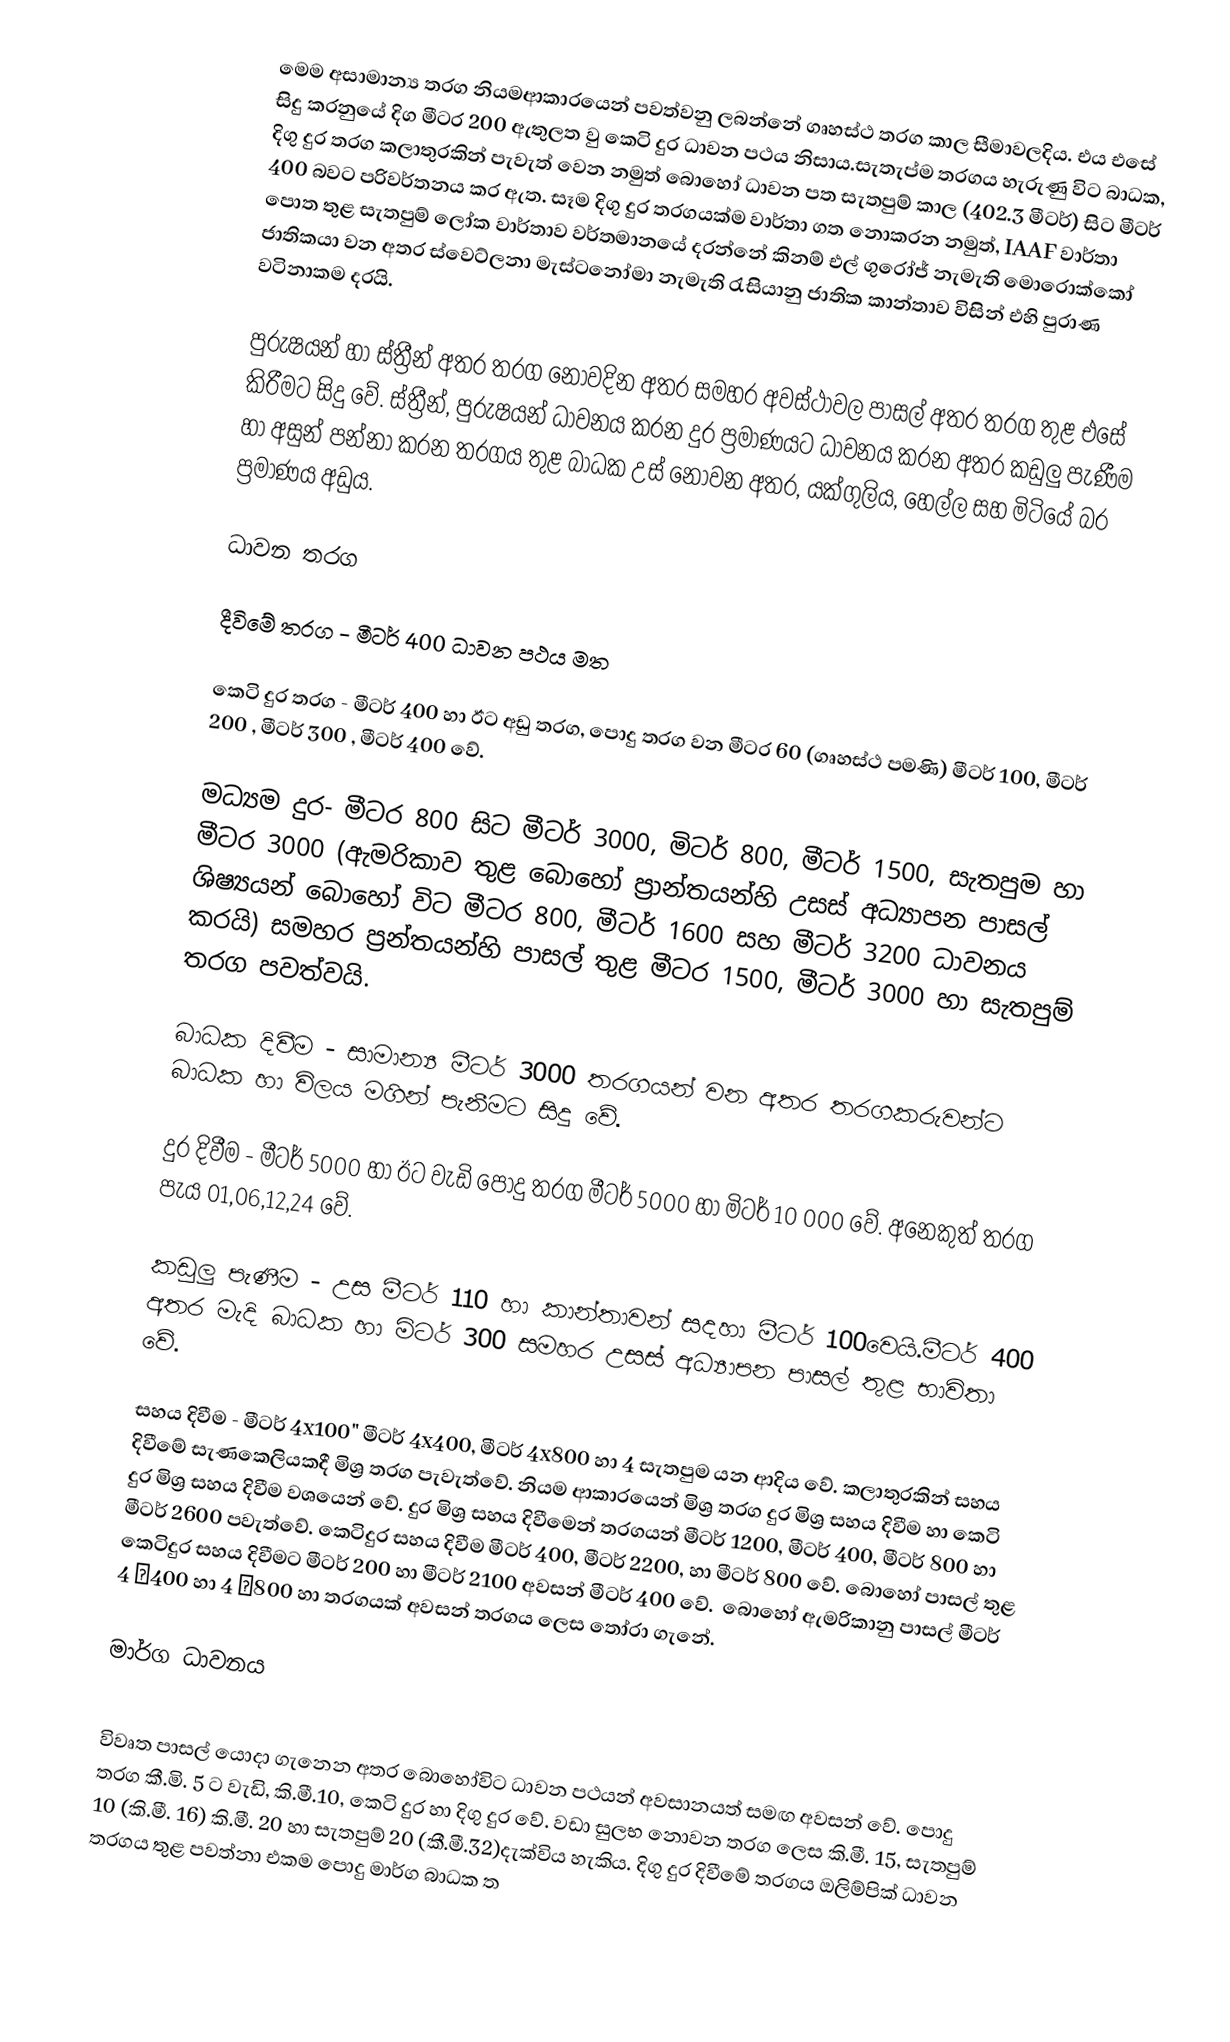
මෙම අසාමාන්‍ය තරග නියමආකාරයෙන් පවත්වනු ලබන්නේ ගෘහස්ථ තරග කාල සීමාවලදිය. එය එසේ සිදු කරනුයේ දිග මීටර 200 ඇතුලත වු කෙටි දුර ධාවන පථය නිසාය.සැතැප්ම තරගය හැරුණු විට බාධක, දිගු දුර තරග කලාතුරකින් පැවැත් වෙන නමුත් බොහෝ ධාවන පත සැතපුම් කාල (402.3 මීටර්) සිට මීටර් 400 බවට පරිවර්තනය කර ඇත. සෑම දිගු දුර තරගයක්ම වාර්තා ගත නොකරන නමුත්, IAAF වාර්තා පොත තුළ සැතපුම්‍ ලෝක වාර්තාව වර්තමානයේ දරන්නේ කිනම් එල් ගුරෝජ් නැමැති මොරොක්කෝ ජාතිකයා වන අතර ස්වෙට්ලනා මැස්ටනෝමා නැමැති රැසියානු ජාතික කාන්තාව විසින් එහි පුරාණ වටිනාකම දරයි.

පුරුෂයන් හා ස්ත්‍රීන් අතර තරග නොවදින අතර සමහර අවස්ථාවල පාසල් අතර තරග තුළ එසේ කිරීමට සිදු වේ. ස්ත්‍රීන්, පුරුෂයන් ධාවනය කරන දුර ප්‍රමාණයට ධාවනය කරන අතර කඩුලු පැණීම හා අසුන් පන්නා කරන තරගය තුළ බාධක උස් නොවන අතර, යක්ගුලිය, හෙල්ල සහ මිටියේ බර ප්‍රමාණය අඩුය.

ධාවන තරග

 දීවිමේ තරග - මීටර් 400 ධාවන පථය මත

කෙටි දුර තරග - මීටර් 400 හා ඊට අඩු තරග, පොදු තරග වන ‍මීටර 60 (ගෘහස්ථ පමණි) මීටර් 100, මීටර් 200 , මීටර් 300 , මීටර් 400 වේ.

මධ්‍යම දුර- මීටර 800 සිට මීටර් 3000, මිටර් 800, මීටර් 1500, සැතපුම හා මීටර 3000 (ඇමරිකාව තුළ බොහෝ ප්‍රාන්තයන්හි උසස් අධ්‍යාපන පාසල් ශිෂ්‍යයන් බොහෝ විට මීටර 800, මීටර් 1600 සහ මීටර් 3200 ධාවනය කරයි) සමහර ප්‍රන්තයන්හි පාසල් තුළ මීටර 1500, මීටර් 3000 හා සැතපුම් තරග පවත්වයි.

බාධක ‍දිවීම - සාමාන්‍ය මීටර් 3000 තරගයන් වන අතර තරගකරුවන්ට බාධක හා විලය මගින් පැනීමට සිදු වේ.

දුර දිවීම -  මීටර් 5000 හා ඊට වැඩි පොදු තරග මීටර් 5000 හා මිටර් 10 000 වේ. අනෙකුත් තරග පැය 01,06,12,24 වේ.

කඩුලු පැණීම - උස මීටර් 110 හා කාන්තාවන් සදහා මීටර් 100වෙයි.මීටර් 400 අතර මැදි බාධක හා මිටර් 300 සමහර උසස් අධ්‍යාපන පාසල් තුළ භාවිතා වේ.

සහය දිවීම - මීටර් 4x100" මීටර් 4x400, මීටර් 4x800 හා 4 සැතපුම යන ආදිය වේ. කලාතුරකින් සහය දිවීමේ සැණකෙලියකදී මිශ්‍ර තරග පැවැත්වේ. නියම ආකාරයෙන් මිශ්‍ර තරග දුර මිශ්‍ර සහය දිවීම හා කෙටි දුර මිශ්‍ර සහය දිවීම වශයෙන් වේ. දුර මිශ්‍ර සහය දිවීමෙන් තරගයන් මීටර් 1200, මීටර් 400, මීටර් 800 හා මීටර් 2600 පවැත්වේ. කෙටිදුර සහය දිවීම මීටර් 400, මීටර් 2200, හා මීටර් 800 වේ. බොහෝ පාසල් තුළ කෙටිදුර සහය දිවීමට මීටර් 200 හා මීටර් 2100 අවසන් මීටර් 400 වේ. ‍ බොහෝ ඇමරිකානු පාසල් මීටර් 4 400 හා 4 800 හා තරගයක් අවසන් තරගය ලෙස තෝරා ගැනේ.

මාර්ග ධාවනය

විවෘත පාසල් යොදා ගැනෙන අතර බොහෝවිට ධාවන පථයන් අවසානයත් සමඟ අවසන් වේ. පොදු තරග කී.මි. 5 ට වැඩි, කි.මී.10, කෙටි දුර හා දිගු දුර වේ. වඩා සුලභ නොවන තරග ලෙස කි.මී. 15, සැතපුම් 10 (කි.මී. 16) කි.මී. 20 හා සැතපුම් 20 (කී.මී.32)දැක්විය හැකිය. දිගු දුර දිවීමේ තරගය ඔලිම්පික් ධාවන තරගය තුළ පවත්නා එකම පොදු මාර්ග බාධක ත